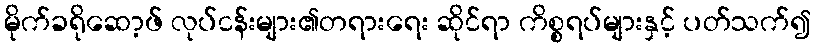
မိုက်ခရိုဆော့ဖ် လုပ်ငန်းများ၏တရားရေး ဆိုင်ရာ ကိစ္စရပ်များနှင့် ပတ်သက်၍